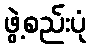
ဖွဲ့စည်းပုံ